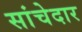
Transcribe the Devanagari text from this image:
सांचेदार